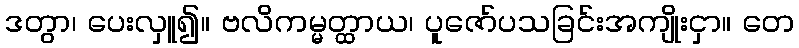
ဒတွာ၊ ပေးလှူ၍။ ဗလိကမ္မတ္ထာယ၊ ပူဇော်ပသခြင်းအကျိုးငှာ။ တေ